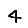
Digit: 4